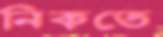
নিকতে